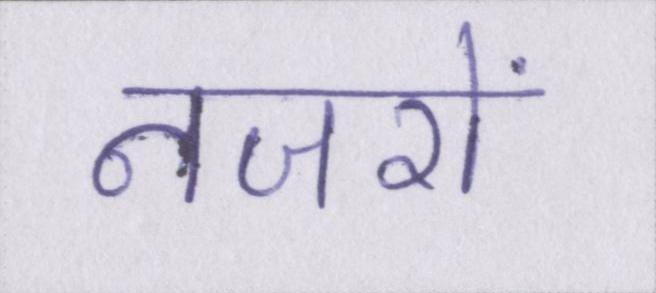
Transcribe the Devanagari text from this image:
नजरों